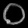
Digit: ၀